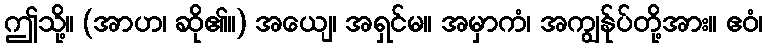
ဤသို့။ (အာဟ၊ ဆို၏။) အယျေ၊ အရှင်မ။ အမှာကံ၊ အကျွန်ုပ်တို့အား။ ဧဝံ၊